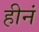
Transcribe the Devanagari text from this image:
हीनं